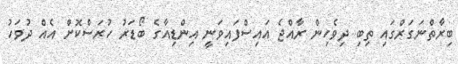
ބިރާތްނަގަރްގައި ތިބި ދިވެހިން ރާއްޖެ އައިސްފައިވަނީ އިންޑިއާގެ ބޯޑަރު ހުރަސްކޮށް އެއް ދުވަހު